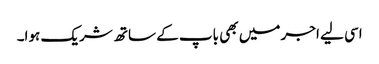
اسی لیے اجر میں بھی باپ کے ساتھ شریک ہوا۔